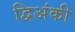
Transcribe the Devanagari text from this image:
द्विअंकी